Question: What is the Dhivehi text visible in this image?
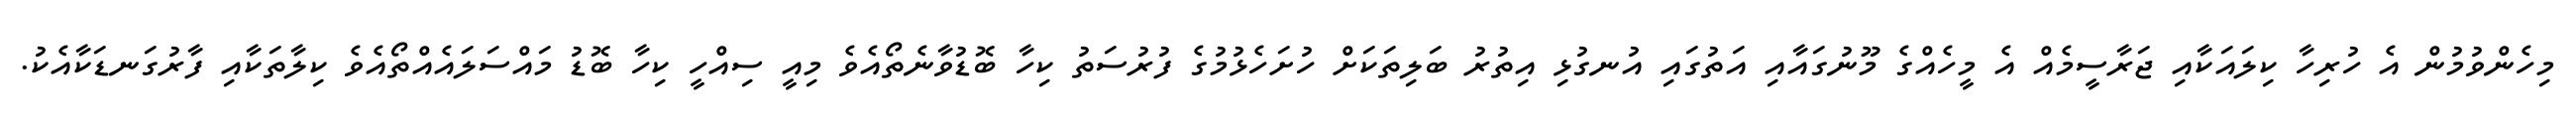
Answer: މިހެންވުމުން އެ ހުރިހާ ކިލައަކާއި ޖަރާސީމެއް އެ މީހެއްގެ މޫނުގައާއި އަތުގައި އުނގުޅި އިތުރު ބަލިތަކަށް ހުށަހެޅުމުގެ ފުރުސަތު ކިހާ ބޮޑުވާނެތޯއެވެ މިއީ ސިއްހީ ކިހާ ބޮޑު މައްސަލައެއްތޯއެވެ ކިލާތަކާއި ފާރުގަނޑަކާއެކު.